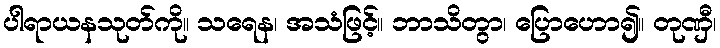
ပါရာယနသုတ်ကို။ သရေန၊ အသံဖြင့်။ ဘာသိတွာ၊ ပြောဟော၍။ တုဏှီ၊